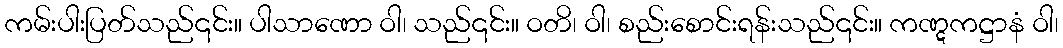
ကမ်းပါးပြတ်သည်၎င်း။ ပါသာဏော ဝါ၊ သည်၎င်း။ ဝတိ၊ ဝါ၊ စည်းစောင်းရန်းသည်၎င်း။ ကဏ္ဋကဋ္ဌာနံ ဝါ၊